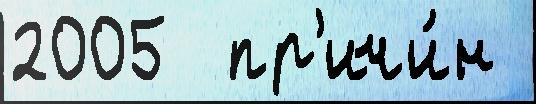
2005  пр'ичи́н